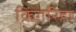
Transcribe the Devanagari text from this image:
किंगरिहा